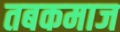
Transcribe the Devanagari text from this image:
तबकमाज